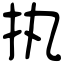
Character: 执